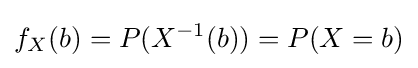
f_{X}(b)=P(X^{-1}(b))=P(X=b)